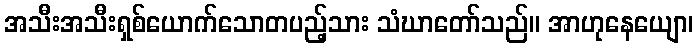
အသီးအသီးရှစ်ယောက်သောတပည့်သား သံဃာတော်သည်။ အာဟုနေယျော၊